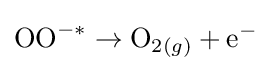
\mathrm {OO} ^{-*}\rightarrow \mathrm {O} _{2(g)}+\mathrm {e} ^{-}